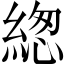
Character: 緫